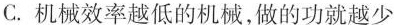
C.机械效率越低的机械，做的功就越少